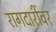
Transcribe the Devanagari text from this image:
रागदारींवर